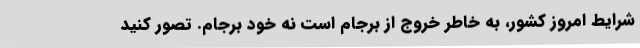
شرایط امروز کشور، به خاطر خروج از برجام است نه خود برجام. تصور کنید